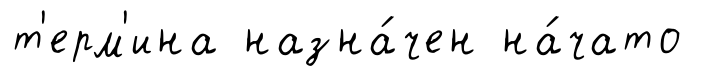
т'ерм'ина назна́чен на́чато